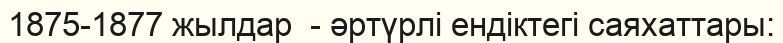
1875-1877 жылдар  - әртүрлі ендіктегі саяхаттары: